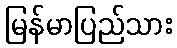
မြန်မာပြည်သား